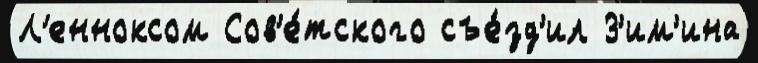
Л'енноксом Сов'е́тского съе́зд'ил З'им'ина